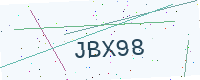
Text: JBX98